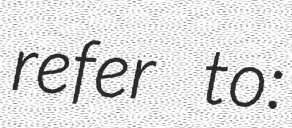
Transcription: refer to: